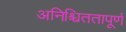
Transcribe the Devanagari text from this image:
अनिश्चिततापूर्ण